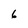
Character: 6